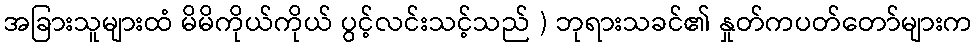
အခြားသူများထံ မိမိကိုယ်ကိုယ် ပွင့်လင်းသင့်သည် ) ဘုရားသခင်၏ နှုတ်ကပတ်တော်များက